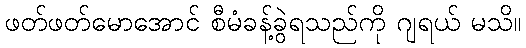
ဖတ်ဖတ်မောအောင် စီမံခန့်ခွဲရသည်ကို ဂျရယ် မသိ။